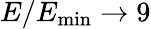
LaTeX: E/E_{\mathrm{min}}\to 9